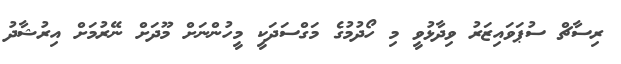
ރިސާޗް ސުޕަވައިޒަރު ވިދާޅުވީ މި ހޯދުމުގެ މަގްސަދަކީ މީހުންނަށް މޫދަށް ނޭރުމަށް އިރުޝާދު